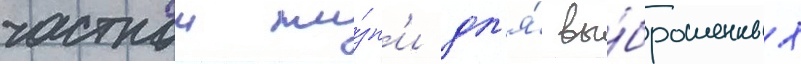
частнои жи́зн'и дл'я́ вы́брошенных